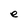
Character: e